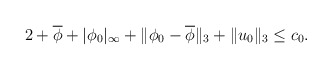
\begin{align*}2+\overline{\phi}+|\phi_0|_{\infty}+\|\phi_0-\overline{\phi}\|_{3}+\|u_0\|_{3}\leq c_0.\end{align*}